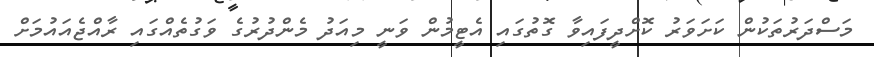
މަސްދަރުތަކުން ކަށަވަރު ކޮށްދީފައިވާ ގޮތުގައި އެޓީމުން ވަނީ މިއަދު މެންދުރުގެ ވަގުތެއްގައި ރާއްޖެއައުމަށް